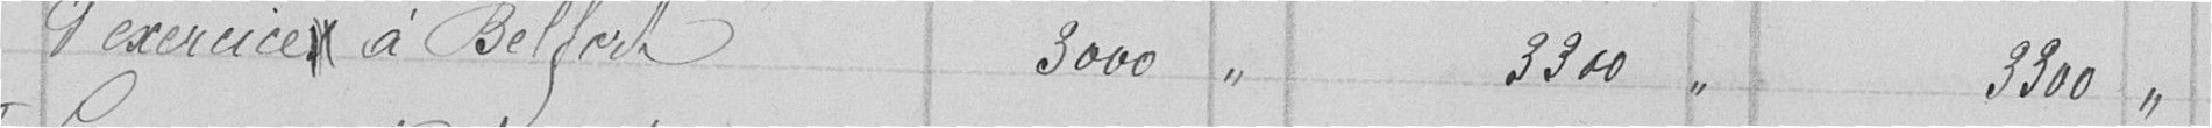
D'exercice à Belfort   3000    3300   3300